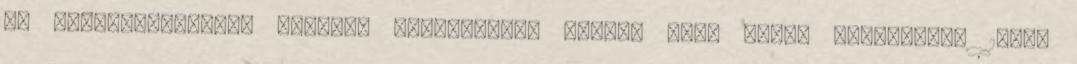
az önkormányzatot: Készült Nagykanizsa Megyei Jogú Város Közgyűlése 1999.